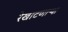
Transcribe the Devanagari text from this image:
रेखाटणाऱ्या